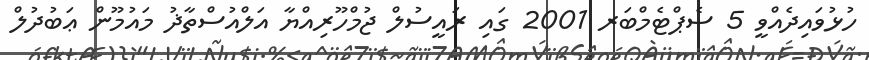
ހުޅުވައިދެއްވީ 5 ސެޕްޓެމްބަރ 2001 ގައި ރައީސުލް ޖުމްހޫރިއްޔާ އަލްއުސްތާޛު މައުމޫން ޢަބުދުލް